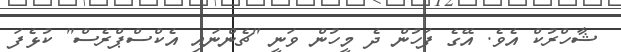
ޝާހްރުކް އެވެ. އޭގެ ފަހުން ދެ މީހުން ވަނީ "ޗެންނައި އެކްސްޕްރެސް" ކުޅެފަ